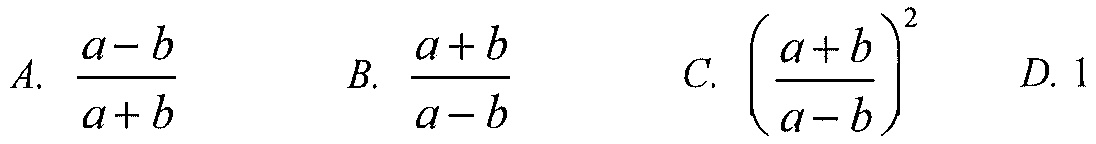
A. \(\frac{a - b}{a + b}\)  B. \(\frac{a + b}{a - b}\)  C. \(\left(\frac{a + b}{a - b}\right)^2\)  D. \(1\)